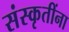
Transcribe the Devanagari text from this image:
संस्कृतींना